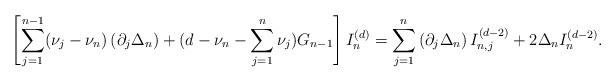
\begin{align*}\left[ \sum_{j=1}^{n-1}(\nu_j-\nu_n) \left(\partial_j \Delta_n \right) +(d-\nu_n-\sum_{j=1}^{n} \nu_j)G_{n-1} \right]I_n^{(d)}=\sum_{j=1}^{n} \left(\partial_j \Delta_n\right)I_{n,j}^{(d-2)}+2 \Delta_n I_{n}^{(d-2)}.\end{align*}